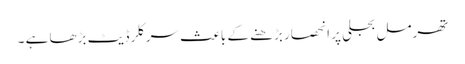
تھرمل بجلی پر انحصار بڑھنے کے باعث سرکلر ڈیٹ بڑھا ہے ۔